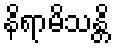
နိရာမိသန္တိ